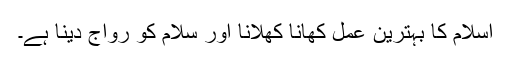
اسلام کا بہترین عمل کھانا کھلانا اور سلام کو رواج دینا ہے۔